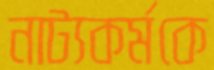
নাট্যকর্মকে